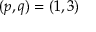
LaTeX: ( p , q ) = ( 1 , 3 )